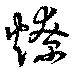
燎